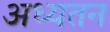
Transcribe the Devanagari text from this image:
अध्यतन